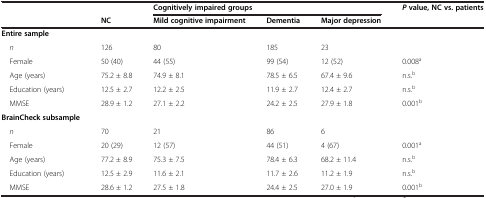
<table><thead><tr><td></td><td></td><td colspan="3"><b>Cognitively impaired groups</b></td><td><b><i>P</i>value, NC vs. patients</b></td></tr><tr><td></td><td><b>NC</b></td><td><b>Mild cognitive impairment</b></td><td><b>Dementia</b></td><td><b>Major depression</b></td><td></td></tr></thead><tbody><tr><td><b>Entire sample</b></td><td></td><td></td><td></td><td></td><td></td></tr><tr><td> <i>n</i></td><td>126</td><td>80</td><td>185</td><td>23</td><td></td></tr><tr><td> Female</td><td>50 (40)</td><td>44 (55)</td><td>99 (54)</td><td>12 (52)</td><td>0.008<sup>a</sup></td></tr><tr><td> Age (years)</td><td>75.2 ± 8.8</td><td>74.9 ± 8.1</td><td>78.5 ± 6.5</td><td>67.4 ± 9.6</td><td>n.s.<sup>b</sup></td></tr><tr><td> Education (years)</td><td>12.5 ± 2.7</td><td>12.2 ± 2.5</td><td>11.9 ± 2.7</td><td>12.4 ± 2.7</td><td>n.s.<sup>b</sup></td></tr><tr><td> MMSE</td><td>28.9 ± 1.2</td><td>27.1 ± 2.2</td><td>24.2 ± 2.5</td><td>27.9 ± 1.8</td><td>0.001<sup>b</sup></td></tr><tr><td><b>BrainCheck subsample</b></td><td></td><td></td><td></td><td></td><td></td></tr><tr><td> <i>n</i></td><td>70</td><td>21</td><td>86</td><td>6</td><td></td></tr><tr><td> Female</td><td>20 (29)</td><td>12 (57)</td><td>44 (51)</td><td>4 (67)</td><td>0.001<sup>a</sup> </td></tr><tr><td> Age (years)</td><td>77.2 ± 8.9</td><td>75.3 ± 7.5</td><td>78.4 ± 6.3</td><td>68.2 ± 11.4</td><td>n.s.<sup>b</sup></td></tr><tr><td> Education (years)</td><td>12.5 ± 2.9</td><td>11.6 ± 2.1</td><td>11.7 ± 2.6</td><td>11.2 ± 1.9</td><td>n.s.<sup>b</sup></td></tr><tr><td> MMSE</td><td>28.6 ± 1.2</td><td>27.5 ± 1.8</td><td>24.4 ± 2.5</td><td>27.0 ± 1.9</td><td>0.001<sup>b</sup></td></tr></tbody></table>